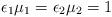
LaTeX: \begin{align*}\epsilon_1\mu_1 = \epsilon_2\mu_2 = 1\end{align*}